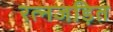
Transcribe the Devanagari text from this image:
रत्नजड़ित